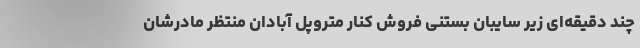
چند دقیقه‌ای زیر سایبان بستنی فروش کنار متروپل آبادان منتظر مادرشان